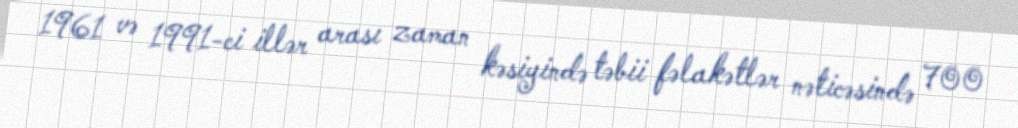
1961 və 1991-ci illər arası zaman kəsiyində təbii fəlakətlər nəticəsində 700